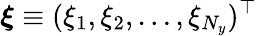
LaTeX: \boldsymbol{\xi}\equiv(\xi_{1},\xi_{2},\ldots,\xi_{N_{y}})^{\top}